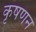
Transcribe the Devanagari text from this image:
कृषणन